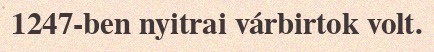
1247-ben nyitrai várbirtok volt.